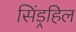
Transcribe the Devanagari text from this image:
सिंड्रहिल